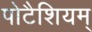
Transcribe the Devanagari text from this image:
पोटैशियम्‌